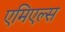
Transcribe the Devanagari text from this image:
एमिएल्स